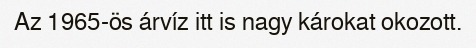
Az 1965-ös árvíz itt is nagy károkat okozott.